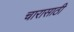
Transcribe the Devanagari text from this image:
चारासाठी